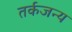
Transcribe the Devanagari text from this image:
तर्कजन्य